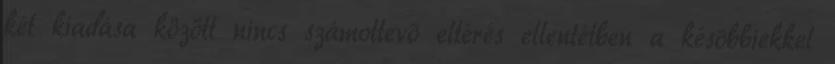
két kiadása között nincs számottevõ eltérés ellentétben a késõbbiekkel